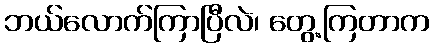
ဘယ်လောက်ကြာပြီလဲ၊ တွေ့ကြတာက